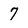
Character: 7